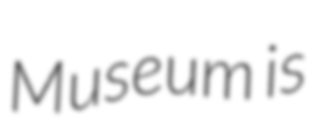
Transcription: Museum is